Trukikaitis_Postimees, lk 66
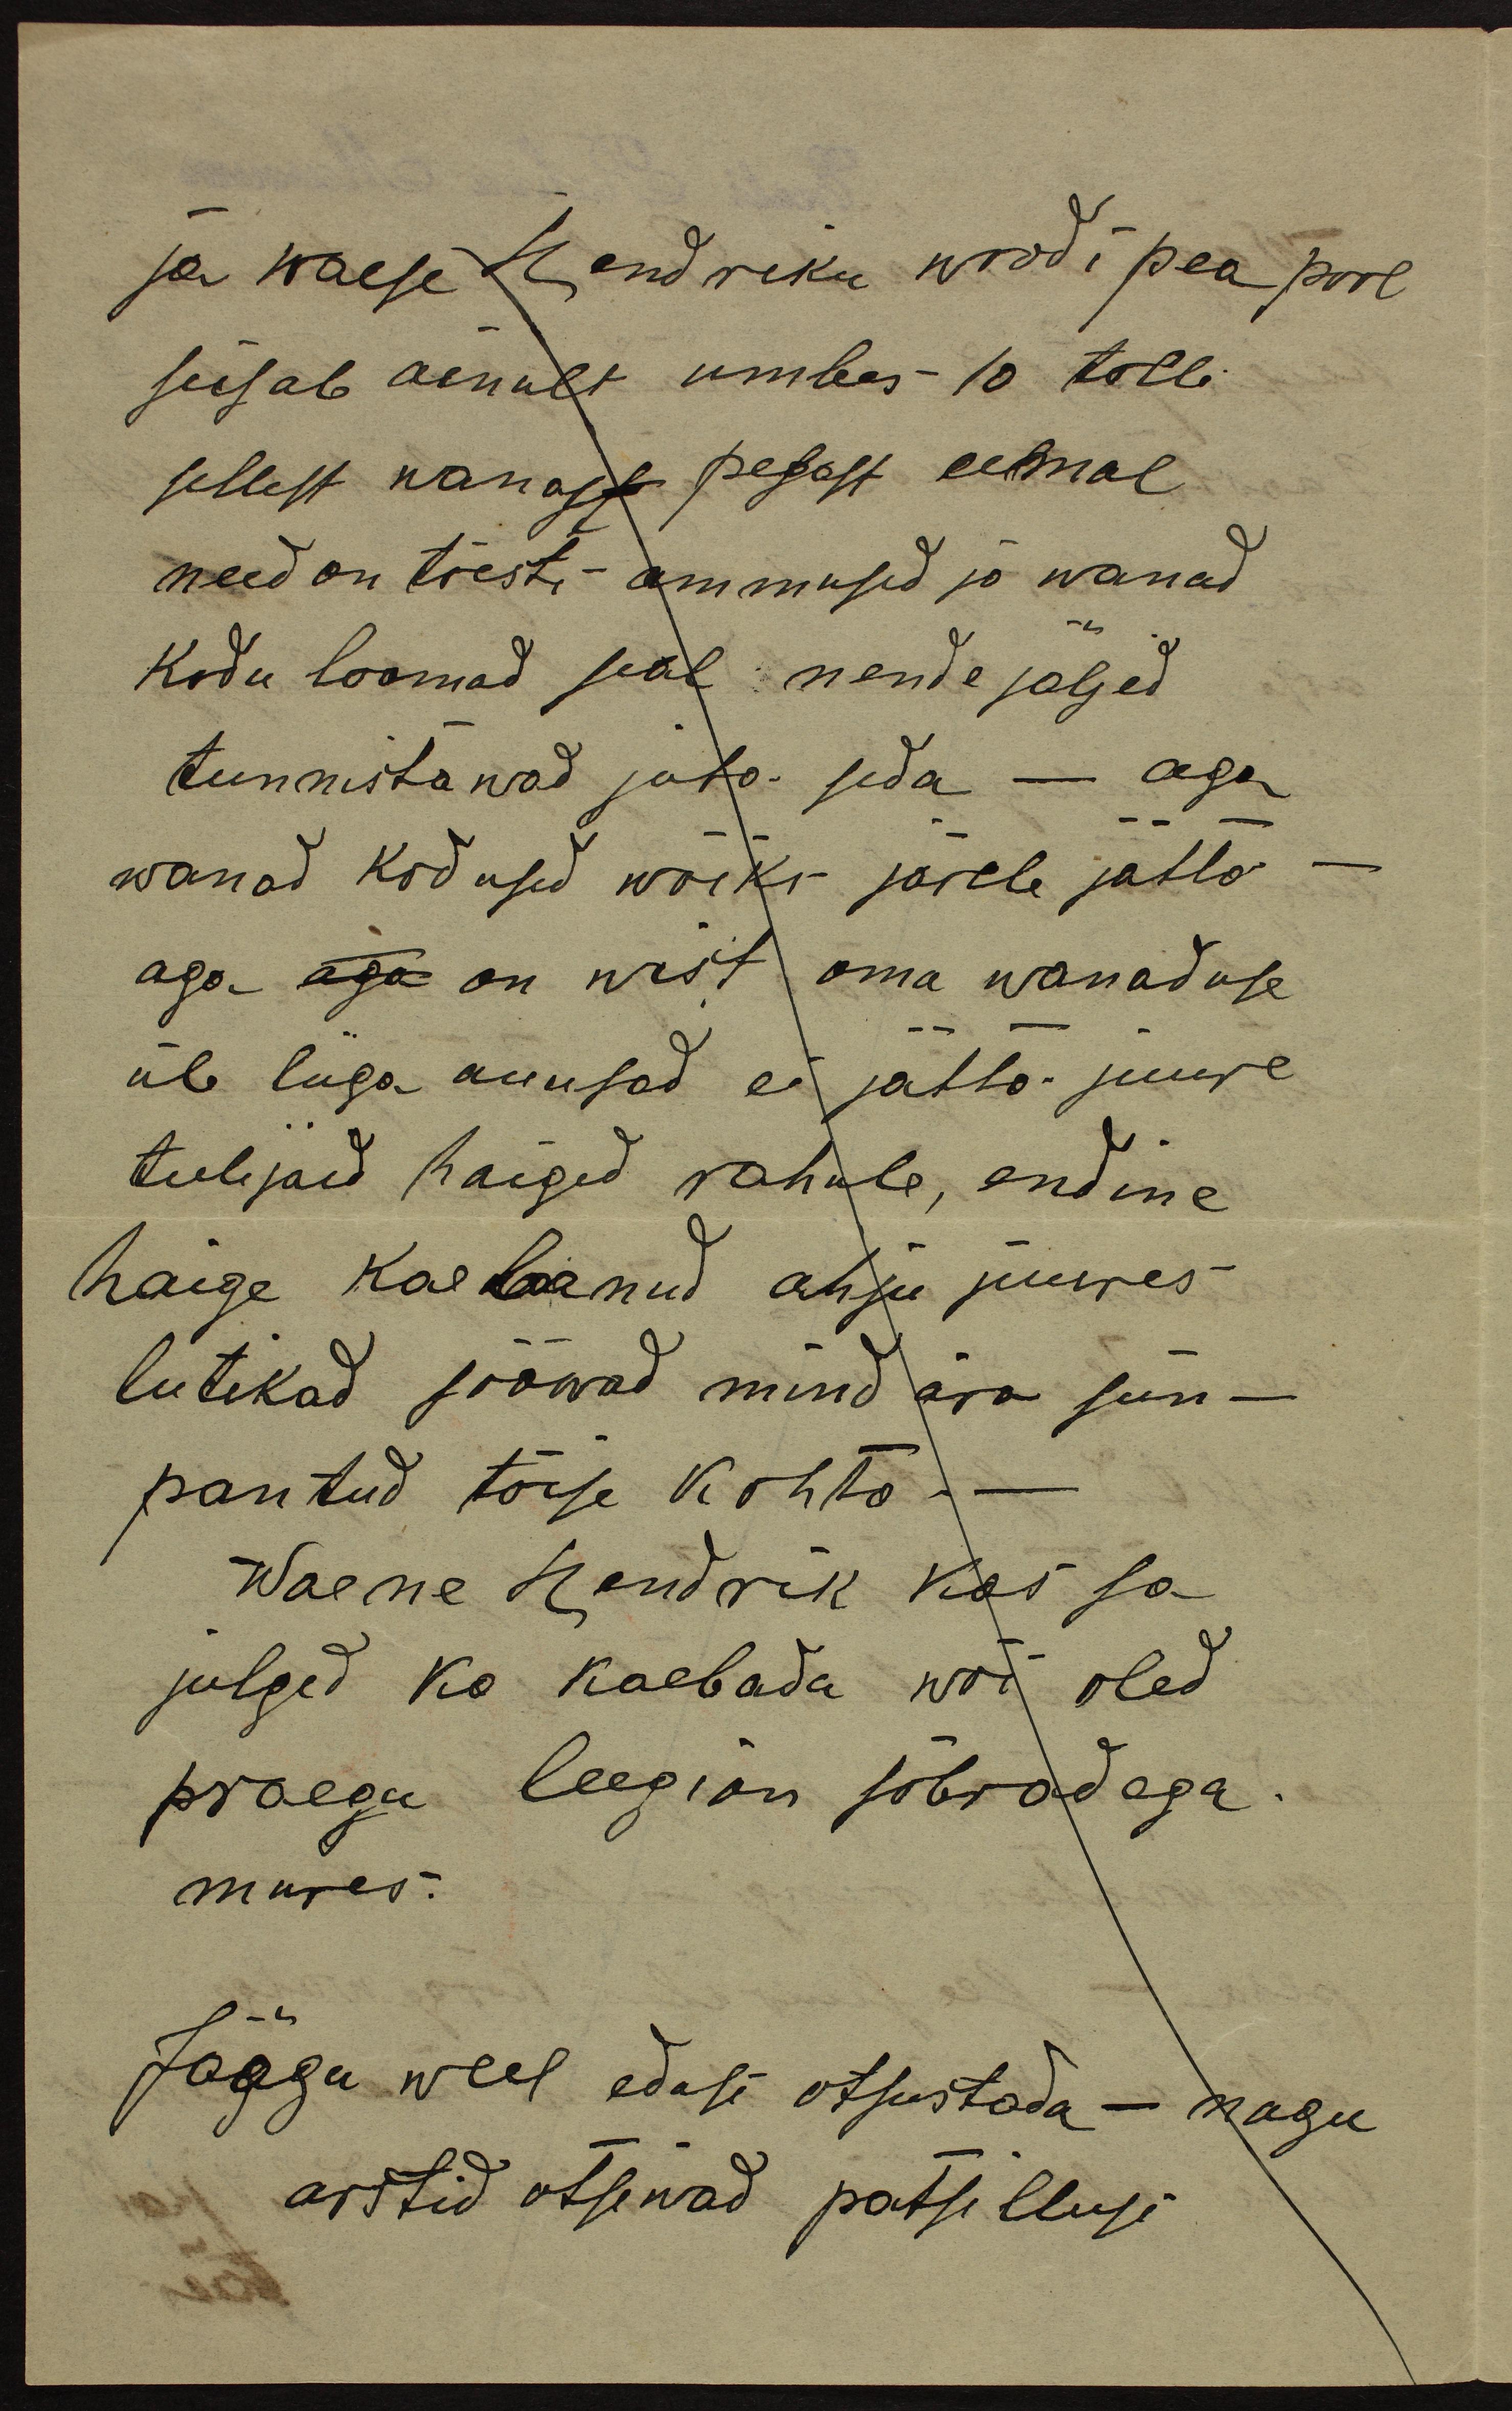
ja waese Hendriku woodi pea pool
seisab ainult umbes 10 tolli
sellest wanast pesast eemal
need on tõesti ammused ja wanad
kodu loomad seal nende jäljed
tunnistawad juba seda - aga
wanad kodused wõiks järele jätta -
aga aga on wist oma wanaduse
üle liiga auusad ei jätta juure
tulijaid haiged rahule, endine
haige kaebanud ahju juures
lutikad sööwad mind ära siin -
pantud tõise kohta -
Waene Hendrik kas sa
julged ka kaebada wõi oled
praegu leegion sõbradega.
mures.
Jäägu weel edasi otsustada - nagu
arstid otsiwad patsillusi